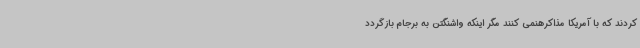
کردند که با آمریکا مذاکرهنمی کنند مگر اینکه واشنگتن به برجام بازگردد